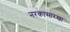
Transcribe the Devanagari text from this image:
नरकासारखा